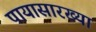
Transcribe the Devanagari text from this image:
पायासारख्या